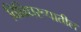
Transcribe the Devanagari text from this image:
विविधरूपातील